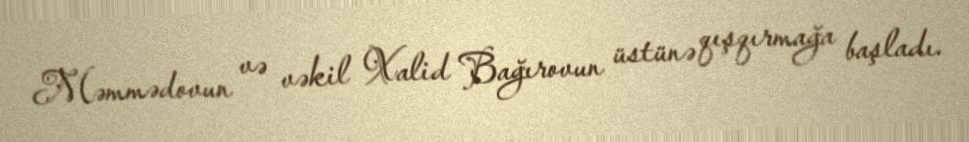
Məmmədovun və vəkil Xalid Bağırovun üstünə qışqırmağa başladı.